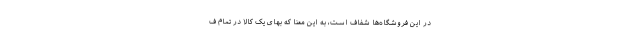
در این فروشگاه‌ها شفاف است، به این معنا که بهای یک کالا در تمام ف